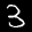
Label: 3